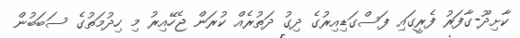
ކާށިދޫ-ގާފަރު ފެރީގައި ފަސްގަޑިއިރުގެ ދިގު ދަތުރެއް ކުރަން ޖެހޭއިރު މި ހިދުމަތުގެ ސަބަބުން